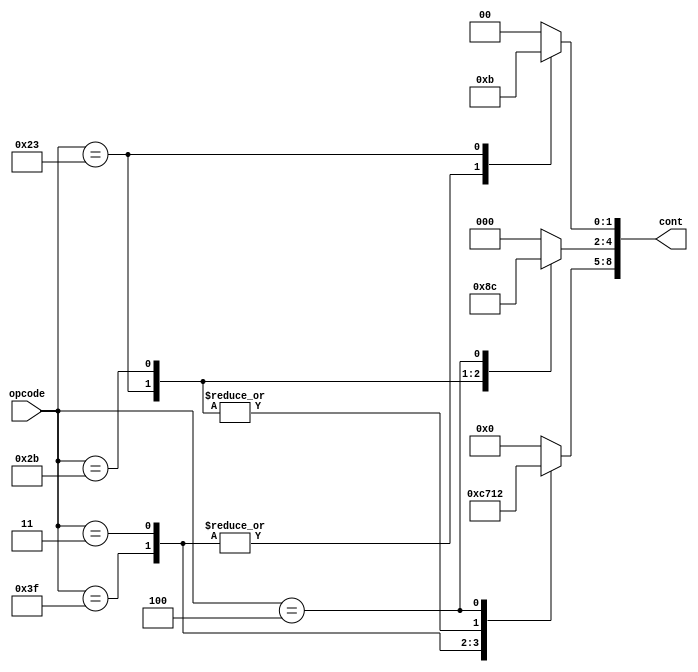
`timescale 1ns / 1ns
module control(cont, opcode);
    input [5:0] opcode;
    reg [1:0] control_WB;
    reg [2:0] control_MEM;
    reg [3:0] control_EX;
    output reg [8:0] cont;

    parameter R_format = 6'b111111,
              I_format = 6'b000011,
              LW       = 6'b100011,
              SW       = 6'b101011,
              beq      = 6'b000100;
              
    always @(*)
        begin
        case (opcode)
            R_format: begin
                      control_EX  = 4'b1100;
                      control_MEM = 3'b000;
                      control_WB  = 2'b10;
                      end
            I_format: begin
                      control_EX  = 4'b0111;
                      control_MEM = 3'b000;
                      control_WB  = 2'b10;
                      end
            LW:       begin
                      control_EX  = 4'b0001;
                      control_MEM = 3'b010;
                      control_WB  = 2'b11;
                      end
            SW:       begin
                      control_EX  = 4'b0001;
                      control_MEM = 3'b001;
                      control_WB  = 2'b00;
                      end
            beq:      begin
                      control_EX  = 4'b0010;
                      control_MEM = 3'b100;
                      control_WB  = 2'b00;
                      end
            default:  begin
                      control_EX  = 4'b0000;
                      control_MEM = 3'b000;
                      control_WB  = 2'b00;
                      end
        endcase
        end
    always @(*)
        begin
            cont = {control_EX, control_MEM, control_WB};
        end
endmodule